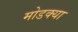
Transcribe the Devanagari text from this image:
मोडक्या